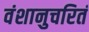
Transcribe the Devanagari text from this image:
वंशानुचरितं